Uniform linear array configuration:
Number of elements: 24
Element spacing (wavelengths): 0.5
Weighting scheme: cosine
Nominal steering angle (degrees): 30
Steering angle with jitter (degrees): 31.922
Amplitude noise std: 0.05
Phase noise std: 0.05

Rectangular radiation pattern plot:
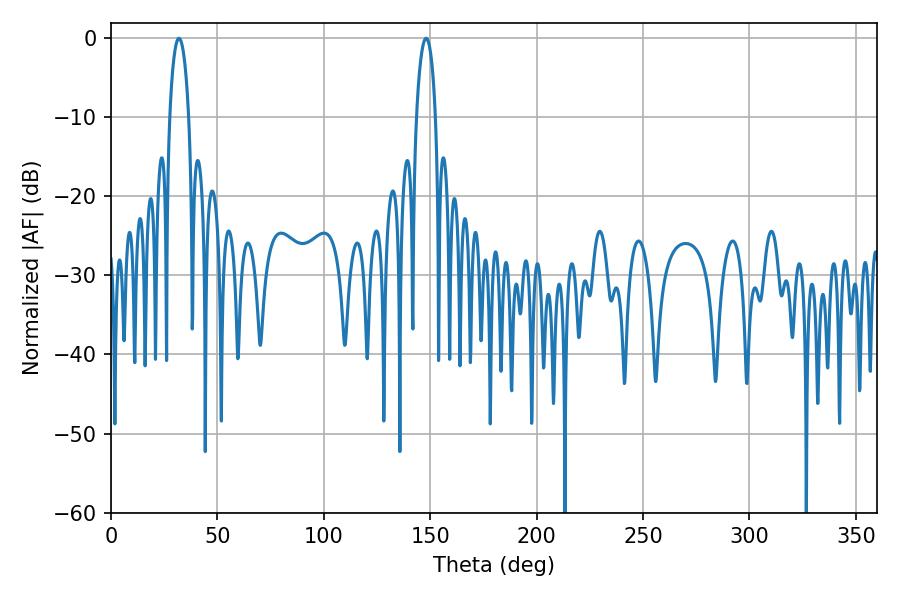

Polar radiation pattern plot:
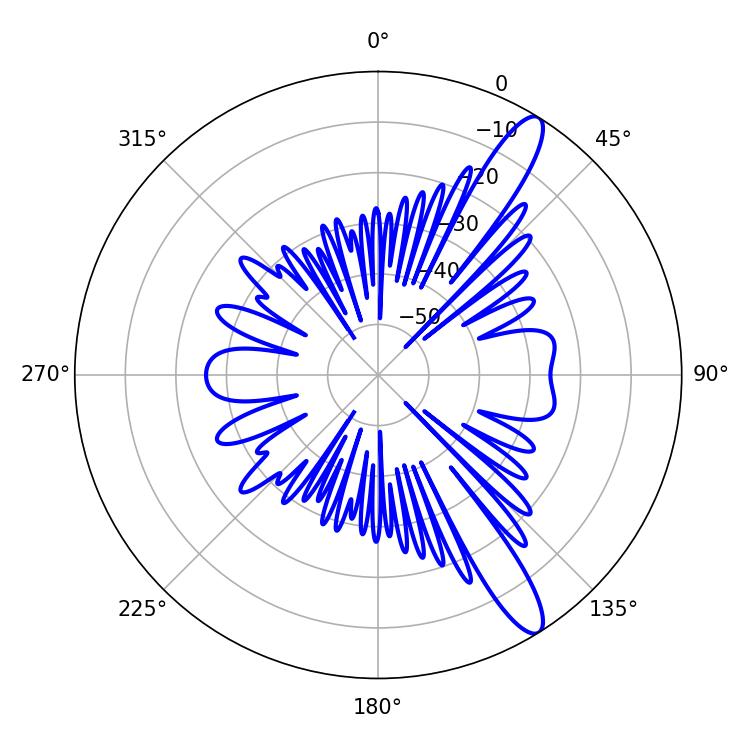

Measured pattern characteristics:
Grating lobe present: FALSE
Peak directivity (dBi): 12.823
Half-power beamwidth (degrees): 5.22
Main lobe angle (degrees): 31.86